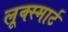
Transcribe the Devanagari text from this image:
लूक्स्मार्ट